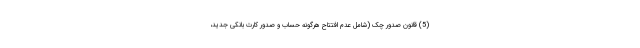
(5) قانون صدور چک (شامل عدم افتتاح هرگونه حساب و صدور کارت بانکی جدید،